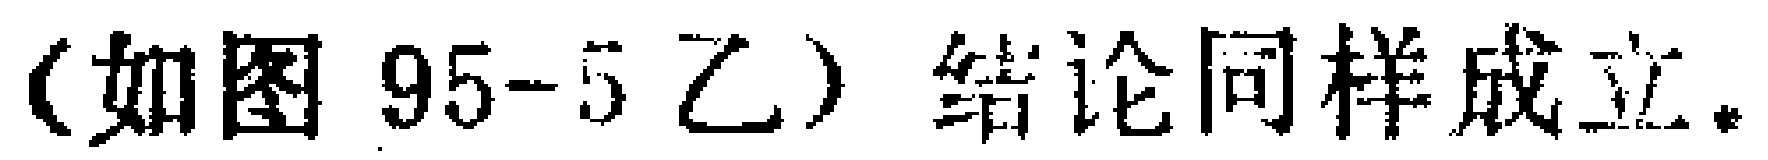
(如图 95-5 乙) 结论同样成立。